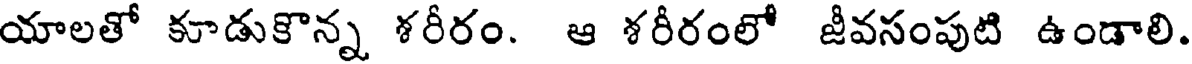
యాలతో కూడుకొన్న శరీరం. ఆ శరీరంలో జీవసంపుటి ఉండాలి.